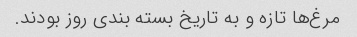
مرغ‌ها تازه و به تاریخ بسته بندی روز بودند.